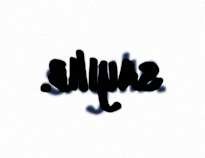
sayılıb.